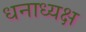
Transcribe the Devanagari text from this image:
धनाध्यक्ष